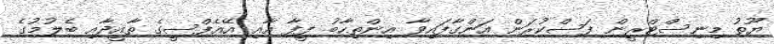
ޔޫތު މިނިސްޓްރީން ފަސްކުރަން އަންގާފައިވާ އިންތިހާބު ފީފާ އާއި އޭއެފްސީގެ ތާއީދާއި ބެލުމުގެ